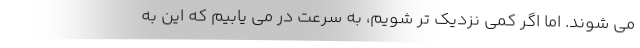
می شوند. اما اگر کمی نزدیک تر شویم، به سرعت در می یابیم که این به